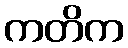
ကတိက